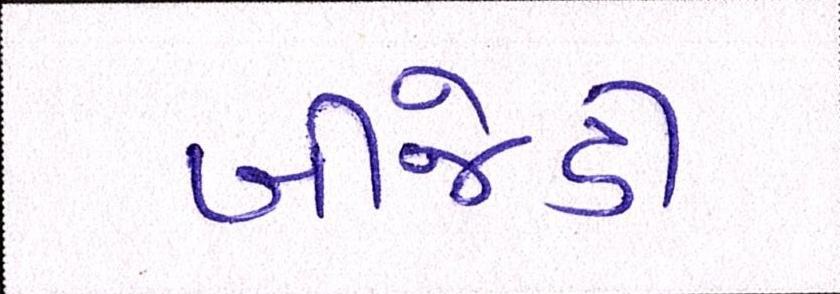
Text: બીજેડી